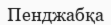
Пенджабқа